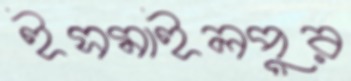
ইসমাইলপুর